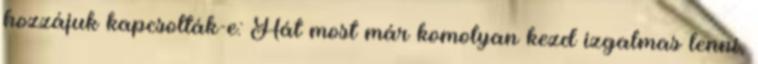
hozzájuk kapcsolták-e: Hát most már komolyan kezd izgalmas lenni,